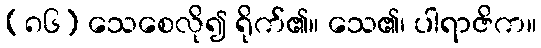
(၈၆) သေစေလို၍ ရိုက်၏။ သေ၏၊ ပါရာဇိက။